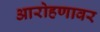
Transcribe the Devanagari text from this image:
आरोहणावर